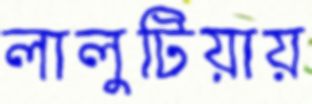
লালুটিয়ায়